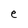
Character: e